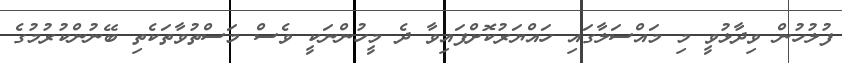
ފުލުހުން ވިދާޅުވީ މި މައްސަލާގައި ހައްޔަރުކޮށްފައިވާ ދެ މީހުންނަކީ ވެސް މަސްތުވާތަކެތި ބޭނުންކުރުމުގެ